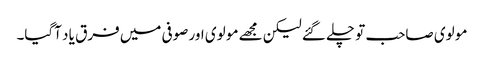
مو لوی صاحب تو چلے گئے لیکن مجھے مو لوی اور صوفی میں فرق یا د آگیا۔